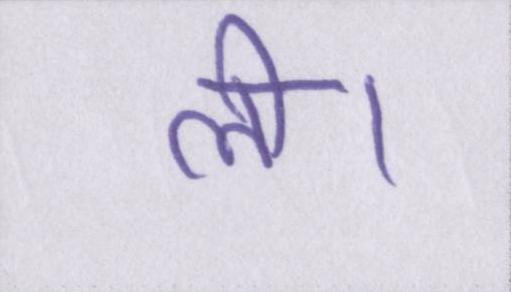
ली।